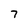
Character: 7